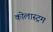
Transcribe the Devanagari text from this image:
कोलास्ट्रम